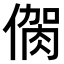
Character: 𠌳